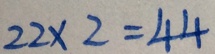
2 2 \times 2 = 4 4